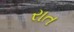
રાત